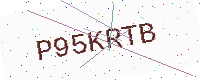
Text: P95KRTB